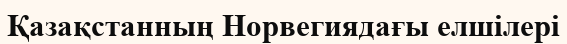
Қазақстанның Норвегиядағы елшілері